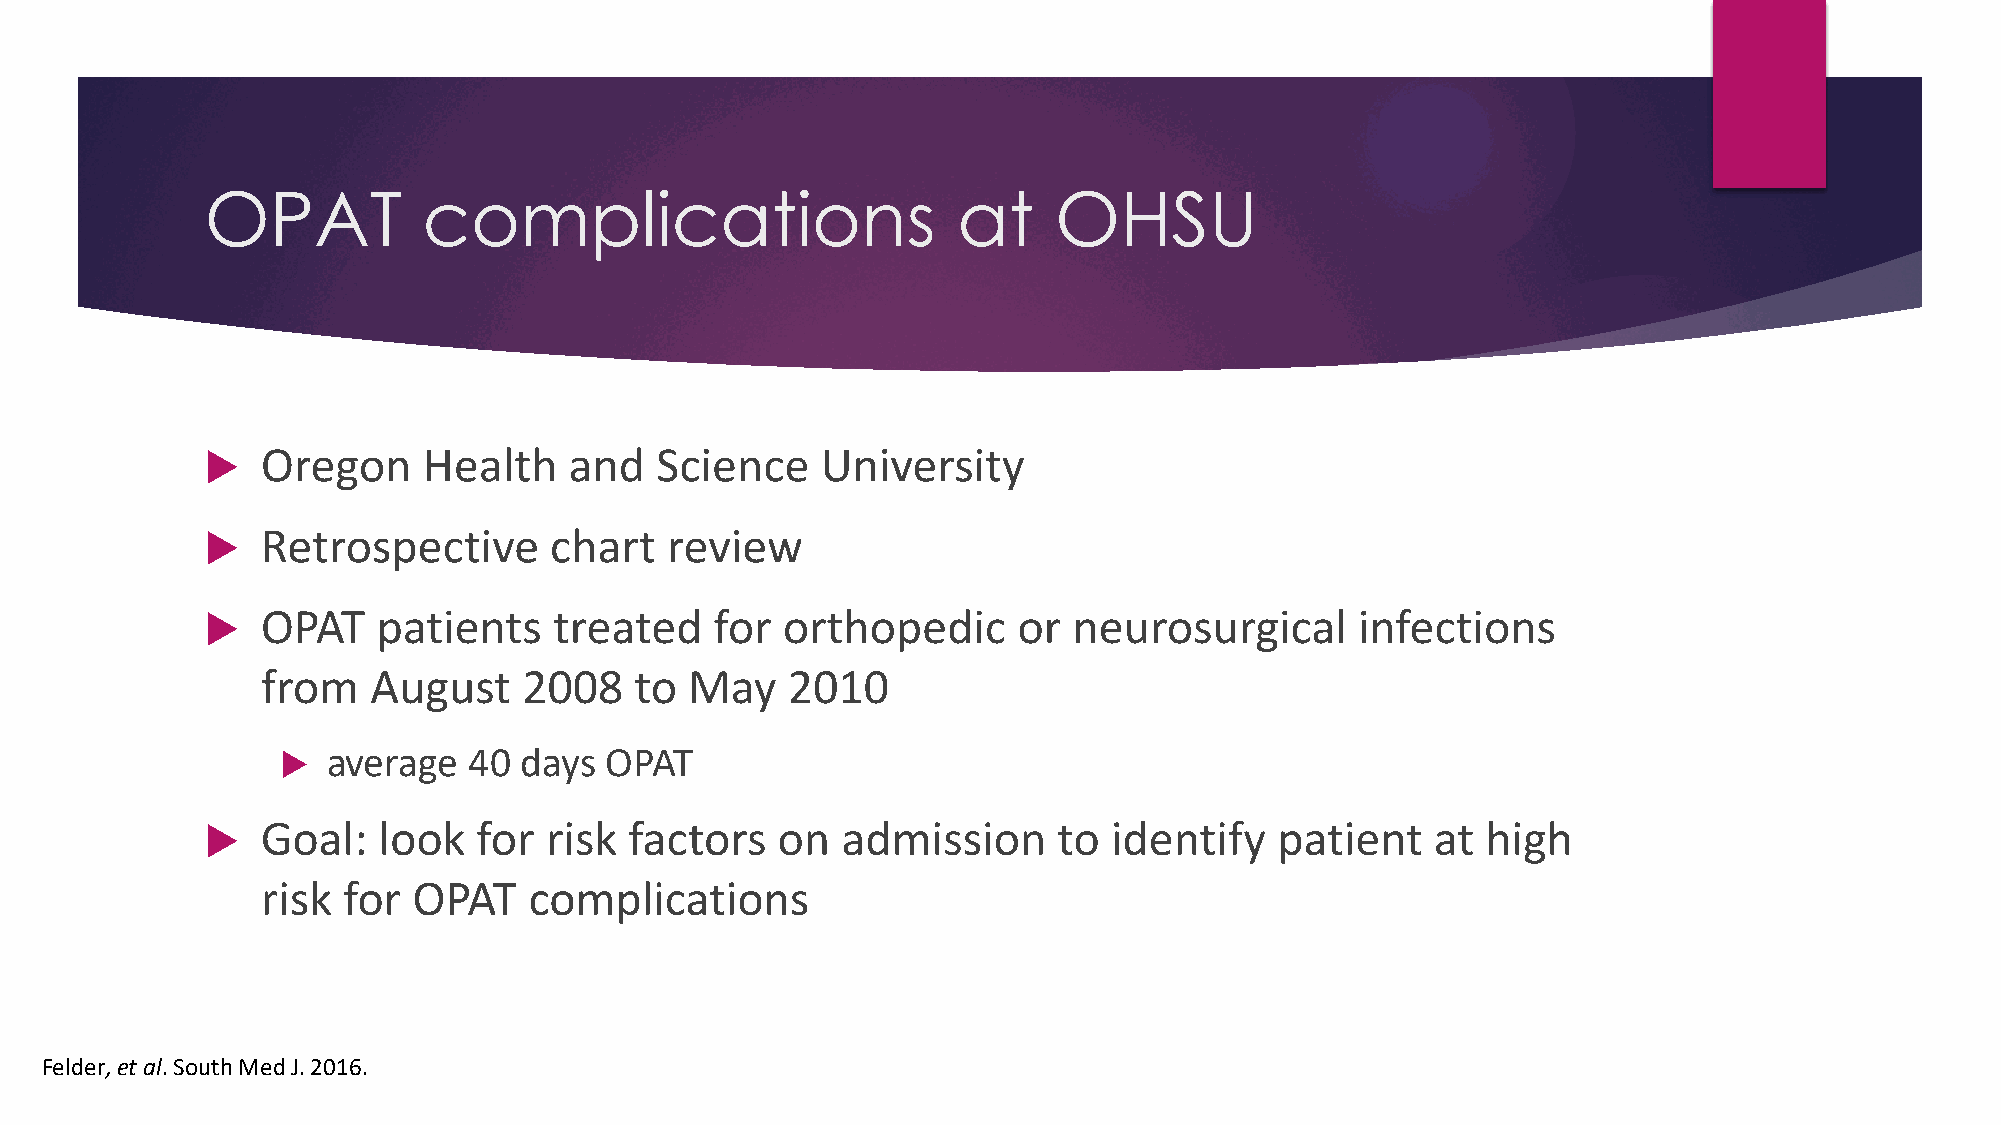
OPAT          complications                      at     OHSU
   Oregon     Health    and  Science    University
   Retrospective      chart   review
   OPAT    patients    treated   for  orthopedic     or  neurosurgical      infections
 from   August     2008   to  May   2010
   average  40 days  OPAT
   Goal:   look   for risk  factors  on   admission     to  identify   patient   at high
 risk  for OPAT    complications
 Felder, et al. South Med J. 2016.